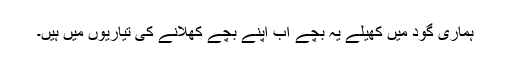
ہماری گود میں کھیلے یہ بچے اب اپنے بچے کھلانے کی تیاریوں میں ہیں۔